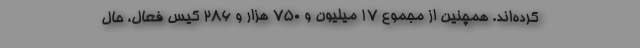
کرده‌اند. همچنین از مجموع 17 میلیون و 750 هزار و 286 کیس فعال، حال